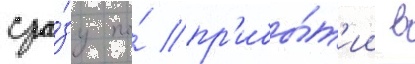
сра́зу по́ пр'ибы́т'ии в